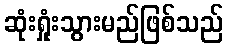
ဆုံးရှုံးသွားမည်ဖြစ်သည်